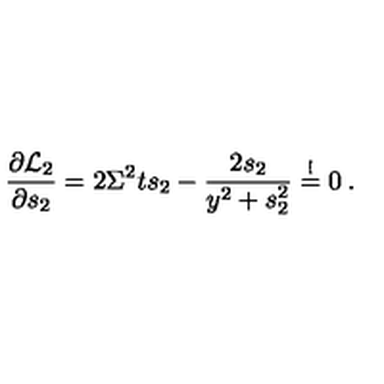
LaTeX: \frac { \partial { \cal L } _ { 2 } } { \partial s _ { 2 } } = 2 \Sigma ^ { 2 } t s _ { 2 } - \frac { 2 s _ { 2 } } { y ^ { 2 } + s _ { 2 } ^ { 2 } } \stackrel { ! } { = } 0 \: .